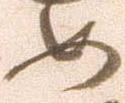
如